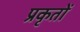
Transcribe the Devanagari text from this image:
प्रकृतों